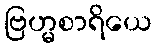
ဗြဟ္မစာရိယေ